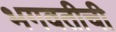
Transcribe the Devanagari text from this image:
भगवतीची